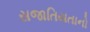
સજાતિયતાનો